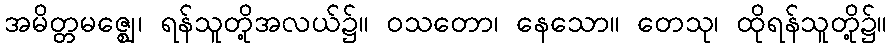
အမိတ္တမဇ္ဈေ၊ ရန်သူတို့အလယ်၌။ ဝသတော၊ နေသော။ တေသု၊ ထိုရန်သူတို့၌။